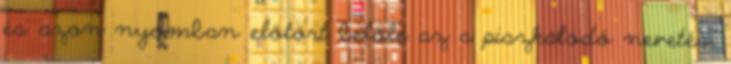
és azon nyomban előtört belőle az a piszkálódó nevetés,